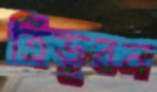
ত্রিভূবন